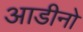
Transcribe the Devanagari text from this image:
आडीनो